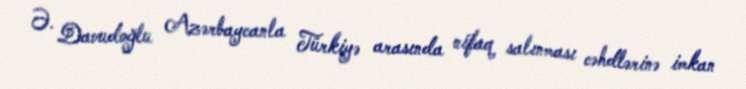
Ə. Davudoğlu Azərbaycanla Türkiyə arasında nifaq salınması cəhdlərinə imkan